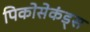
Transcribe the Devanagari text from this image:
पिकोसेकंड्स